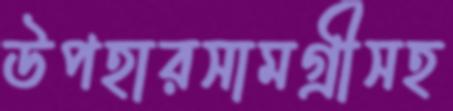
উপহারসামগ্রীসহ